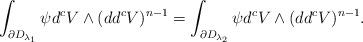
LaTeX: \begin{align*}\int_{\partial D_{\lambda_1}} \psi d^cV\wedge(dd^cV)^{n-1} = \int_{\partial D_{\lambda_2}} \psi d^cV\wedge(dd^cV)^{n-1}.\end{align*}